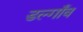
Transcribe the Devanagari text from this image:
डल्गाँव